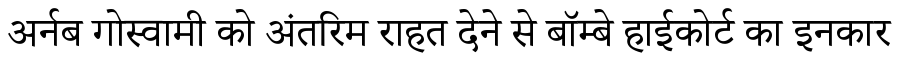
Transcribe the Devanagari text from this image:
अर्नब गोस्वामी को अंतरिम राहत देने से बॉम्बे हाईकोर्ट का इनकार